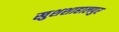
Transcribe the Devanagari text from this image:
खुशशाहालपुर